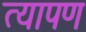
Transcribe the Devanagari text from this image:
त्यापण